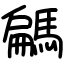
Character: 騗